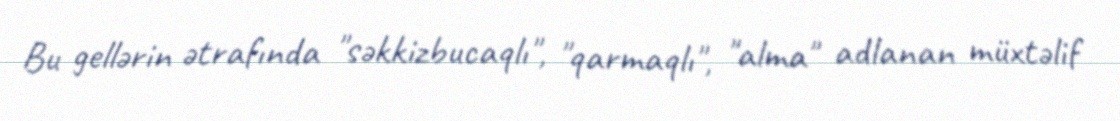
Bu gellərin ətrafında "səkkizbucaqlı", "qarmaqlı", "alma" adlanan müxtəlif